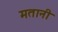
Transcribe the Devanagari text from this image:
मतानी